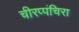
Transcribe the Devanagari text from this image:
चीरप्पंचिरा